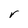
Character: r